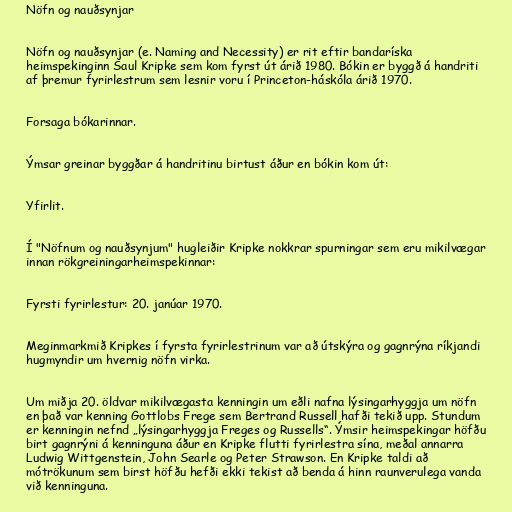
Nöfn og nauðsynjar

Nöfn og nauðsynjar (e. Naming and Necessity) er rit eftir bandaríska
heimspekinginn Saul Kripke sem kom fyrst út árið 1980. Bókin er byggð á handriti
af þremur fyrirlestrum sem lesnir voru í Princeton-háskóla árið 1970.

Forsaga bókarinnar.

Ýmsar greinar byggðar á handritinu birtust áður en bókin kom út:

Yfirlit.

Í "Nöfnum og nauðsynjum" hugleiðir Kripke nokkrar spurningar sem eru mikilvægar
innan rökgreiningarheimspekinnar:

Fyrsti fyrirlestur: 20. janúar 1970.

Meginmarkmið Kripkes í fyrsta fyrirlestrinum var að útskýra og gagnrýna ríkjandi
hugmyndir um hvernig nöfn virka.

Um miðja 20. öldvar mikilvægasta kenningin um eðli nafna lýsingarhyggja um nöfn
en það var kenning Gottlobs Frege sem Bertrand Russell hafði tekið upp. Stundum
er kenningin nefnd „lýsingarhyggja Freges og Russells“. Ýmsir heimspekingar höfðu
birt gagnrýni á kenninguna áður en Kripke flutti fyrirlestra sína, meðal annarra
Ludwig Wittgenstein, John Searle og Peter Strawson. En Kripke taldi að
mótrökunum sem birst höfðu hefði ekki tekist að benda á hinn raunverulega vanda
við kenninguna.